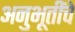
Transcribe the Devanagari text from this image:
अनुभूतींचे